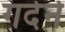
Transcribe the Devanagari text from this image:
गदेने